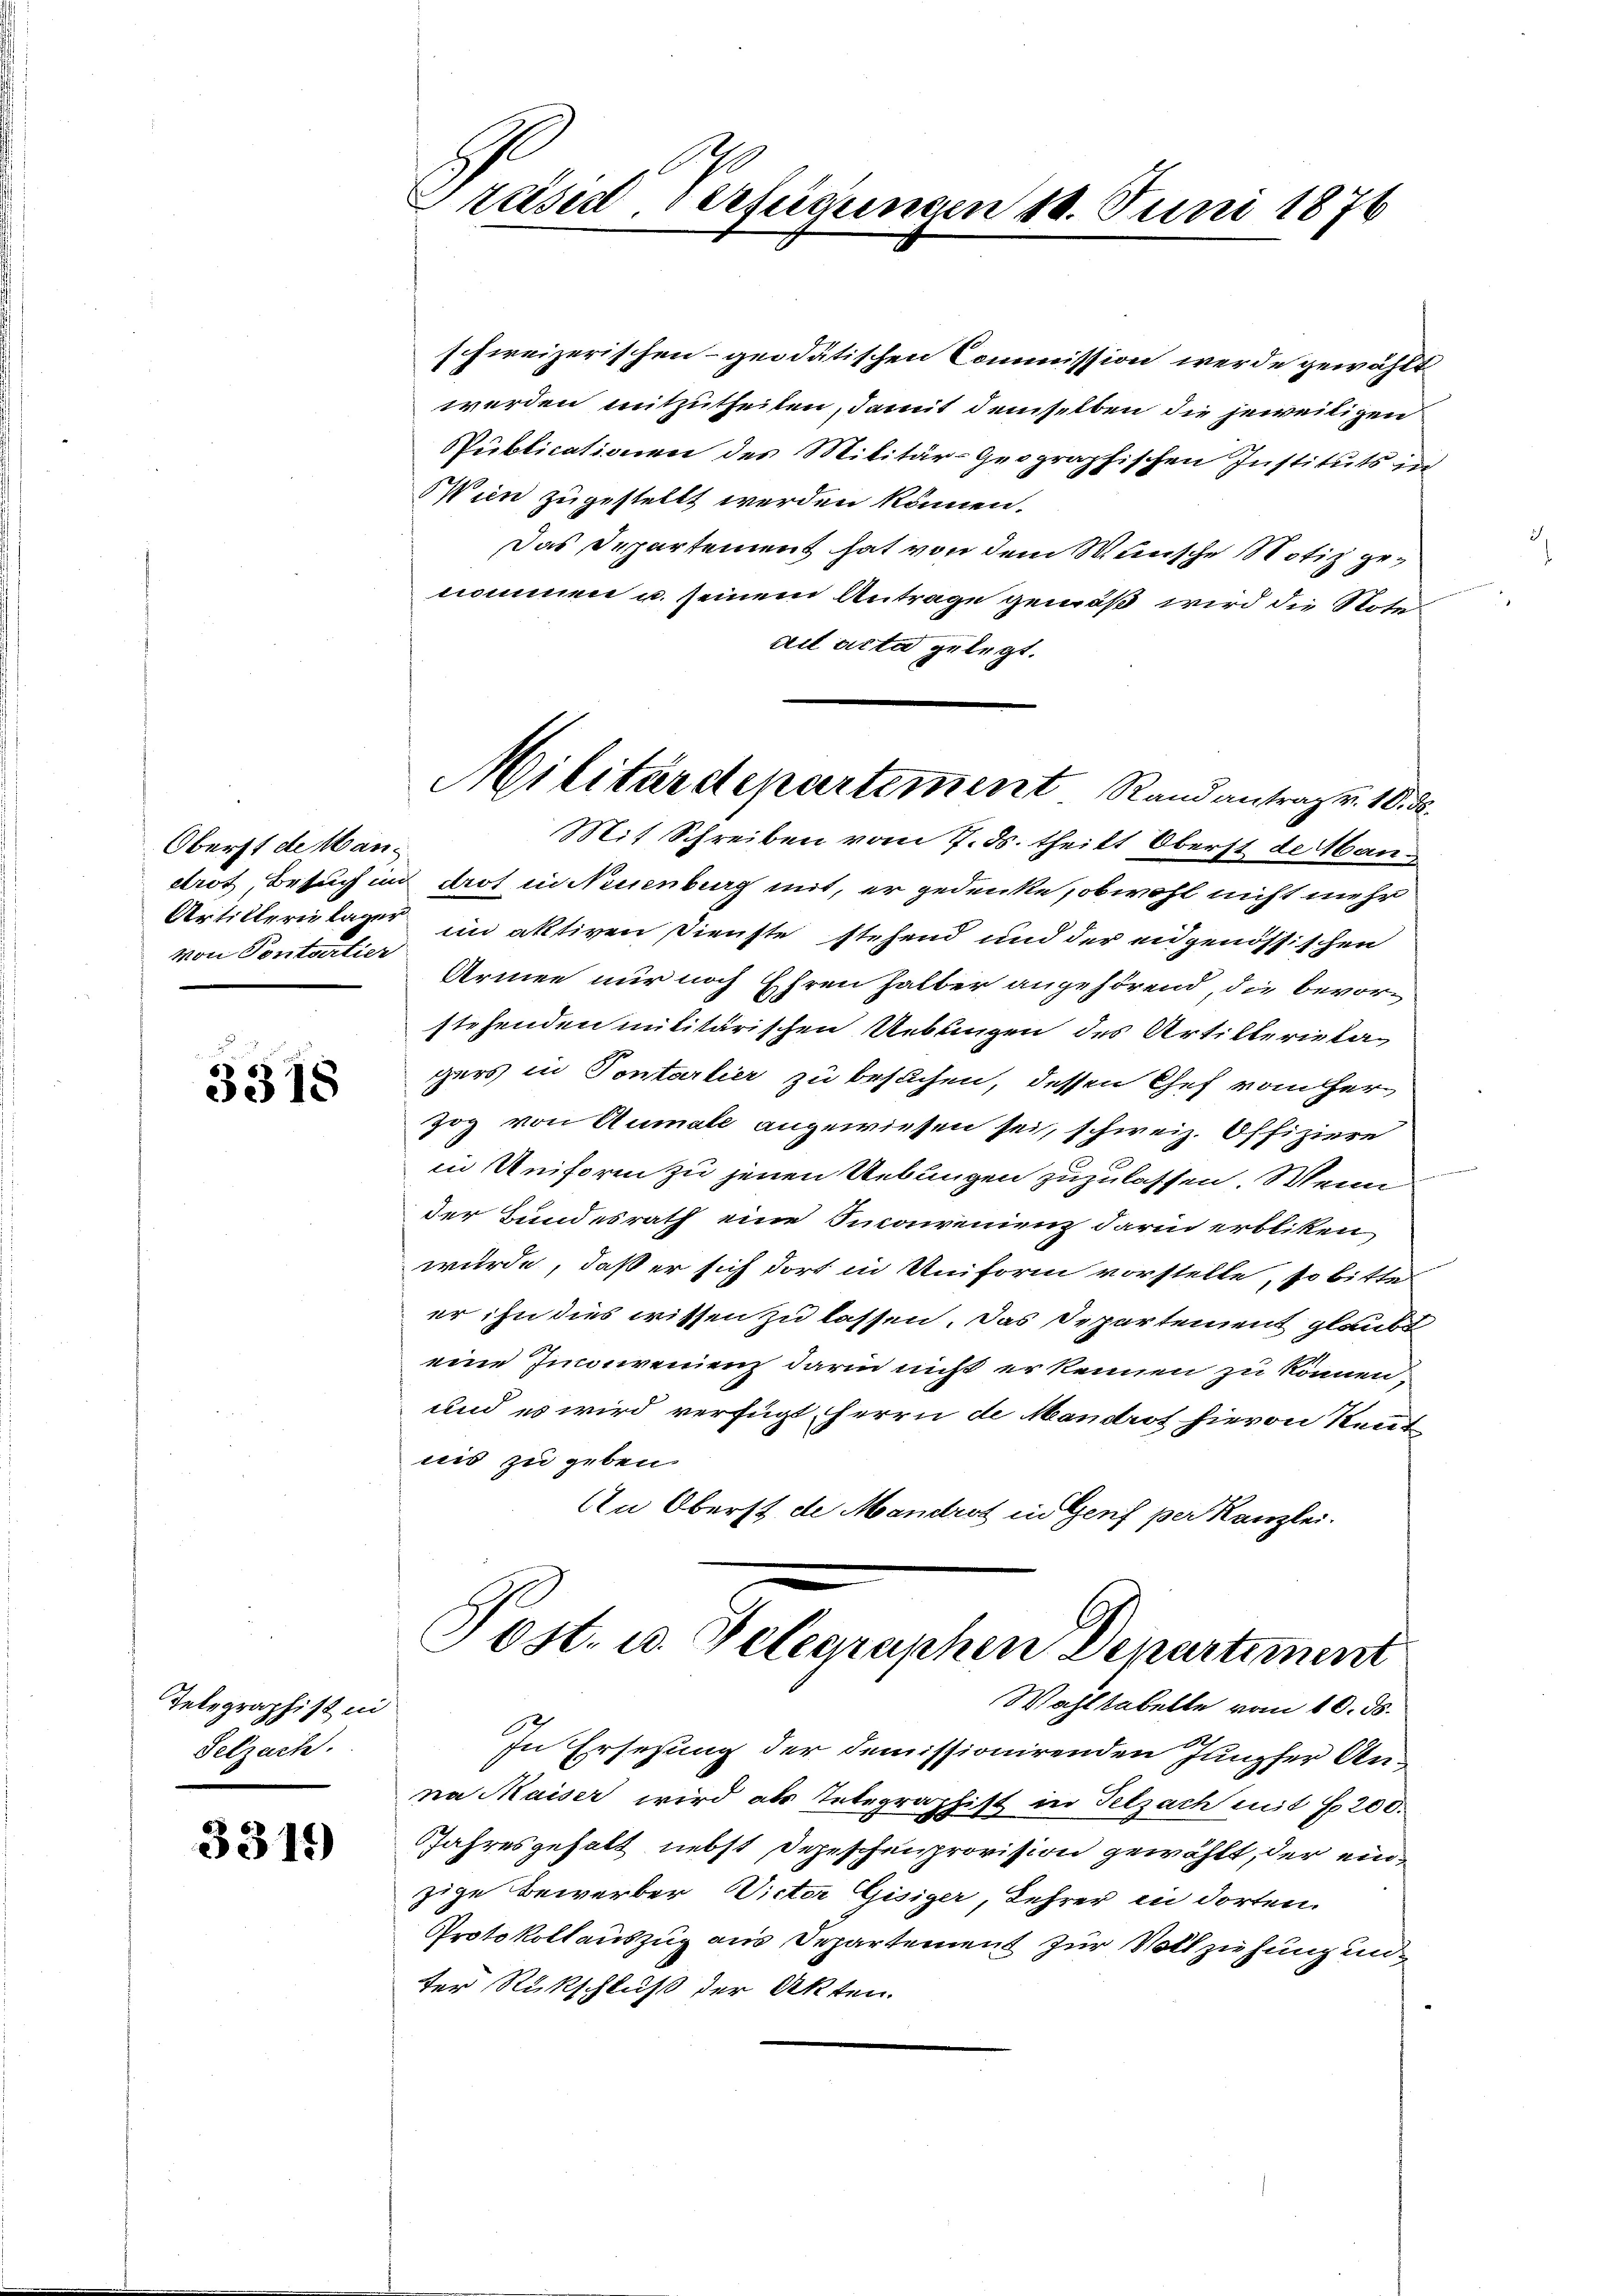
Oberst de Man
von Sontartier

3318

Telegraphist in
Selzach.

3315)

Preisid. Verfügungen 11. Juni 1876

schweizerischen-geodätischen Commission werde gewählt
werden mitzutheilen, damit demselben die jeweiligen
Publicationen des Militär-Geographischen Instituts in
Wien zugestellt werden können.
Das Departement hat von dem Wünsche Notiz genommen u. seinem Antrage gemäß wird die Note
ad acta gelegt.
Mit Schreiben vom 7. d. theilt Oberst de Mandrot, Besuch in drot in Neuenburg mit, er gedenke, obwohl nicht mehr
Artillerietager im aktiven Dienste stehend und der eidgenössischen
Armee nur noch Ehren halber angehörend die bevorstehenden militärischen Uebungen des Artillerietagers in Pontarlier zu besuchen, dessen Chef vom herzog von Aumale angewiesen sei, schweiz. Offiziere
in Uniform zu jenen Uebungen zuzulassen. Wenn
der Bundesrath eine Sinconvenienz darin erbliken,
wurde, daß er sich dort in Uniform vorstelle, so bitte
er ihn dies wissen zu lassen. Das Departement glaubt
eine Inconvenienz darin nicht er kennen zu können,
und es wird verfügt, Herrn de Mandrot hievon Rent
nis zu geben.
An Oberst de Mandrot in Genf per Kanzlei.
Post. u. Telegraphen Departement
Wahltabelle vom 10. ds.
f
In Ersezung der demissionirenden Jungfer Anna Maiser wird als Integraphist in Pelzach mit 200.
JJahresgehalt nebst Depeschenprovision gewählt, der einzige Bewerber, Victor Gisiger, Lehrer in dorten.
Protokollauszug aus Departement zur Vollziehung unter Rückschluß der Akten.

Militärdepartement Rand antrag v. 10. d.